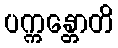
ပက္ကန္တောတိ